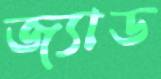
জ্যাড